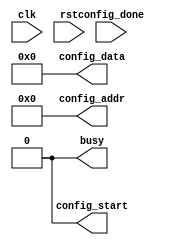
`timescale 1ns/10ps

module autoconfig #(
    parameter INTERLEAVED = 0,
    parameter ENABLE      = 0
  ) (
    input         clk,
    input         rst,

    output        busy,
    output [15:0] config_data,
    output  [3:0] config_addr,
    output        config_start,
    input         config_done
  );

  localparam STATE_IDLE = 0;
  localparam STATE_BUSY = 1;
  localparam STATE_DONE = 2;
  localparam REG_COUNT  = 4'd9;

generate if (ENABLE) begin :AUTO_ENABLE_generate

  reg [1:0] config_state;

  reg [3:0] progress;

  always @(posedge clk) begin
    if (rst) begin
      config_state <= STATE_IDLE;
    end else begin
      case (config_state)
        STATE_IDLE: begin
          config_state <= STATE_BUSY;
        end
        STATE_BUSY: begin
          if (progress == REG_COUNT - 1 && config_done) begin
            config_state <= STATE_DONE;
          end
        end
        STATE_DONE: begin
        end
      endcase
    end
  end
  assign busy = config_state != STATE_DONE;

  reg config_start_reg;
  assign config_start = config_start_reg;
  reg waiting;

  always @(posedge clk) begin
    config_start_reg <= 1'b0;

    if (config_state == STATE_IDLE) begin
      waiting <= 0;
      progress     <= 4'b0;
    end else begin
      if (progress < 9) begin
        if (!waiting) begin
          config_start_reg <= 1'b1;
          waiting <= 1'b1;
        end
        if (config_done) begin
          waiting  <= 1'b0;
          progress <= progress + 1;
        end
      end
    end
  end

  assign config_data = progress == 0 ? 16'h7FFF :
                       progress == 1 ? 16'hBAFF :
                       progress == 2 ? 16'h007F :
                       progress == 3 ? 16'h807F :
                       progress == 4 ? (INTERLEAVED ? 16'h23FF : 16'h03FF ):
                       progress == 5 ? 16'h007F :
                       progress == 6 ? 16'h807F :
                       progress == 7 ? 16'h00FF :
                                       16'h007F;

  assign config_addr = progress == 0 ? 4'h0 : 
                       progress == 1 ? 4'h1 : 
                       progress == 2 ? 4'h2 : 
                       progress == 3 ? 4'h3 : 
                       progress == 4 ? 4'h9 : 
                       progress == 5 ? 4'ha : 
                       progress == 6 ? 4'hb : 
                       progress == 7 ? 4'he : 
                                       4'hf;

end else begin : AUTO_DISABLE_generate
    assign busy         = 0;
    assign config_data  = 0;
    assign config_addr  = 0;
    assign config_start = 0;
end endgenerate
endmodule